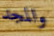
والمجد